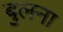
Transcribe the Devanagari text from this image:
बुलना